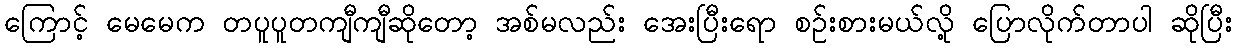
ကြောင့် မေမေက တပူပူတကျီကျီဆိုတော့ အစ်မလည်း အေးပြီးရော စဉ်းစားမယ်လို့ ပြောလိုက်တာပါ ဆိုပြီး